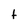
Character: t